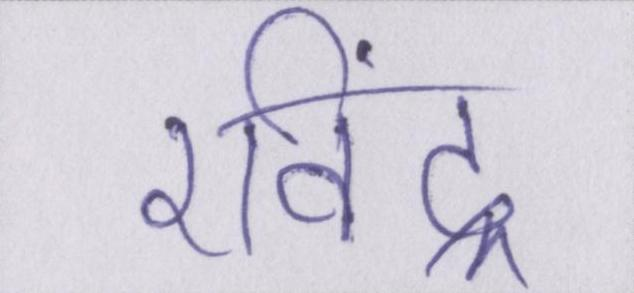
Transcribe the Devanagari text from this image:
रविंद्र